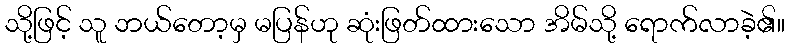
သို့ဖြင့် သူ ဘယ်တော့မှ မပြန်ဟု ဆုံးဖြတ်ထားသော အိမ်သို့ ရောက်လာခဲ့၏။